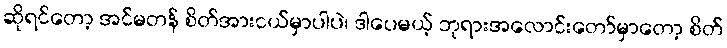
ဆိုရင်တော့ အင်မတန် စိတ်အားငယ်မှာပါပဲ၊ ဒါပေမယ့် ဘုရားအလောင်းတော်မှာတော့ စိတ်